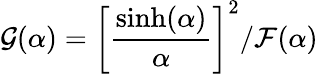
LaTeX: \mathcal{G}(\alpha)=\left[\frac{\sinh(\alpha)}{\alpha}\right]^{2}/\mathcal{F}(\alpha)\,